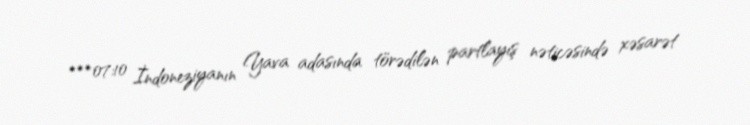
***07:10 İndoneziyanın Yava adasında törədilən partlayış nəticəsində xəsarət